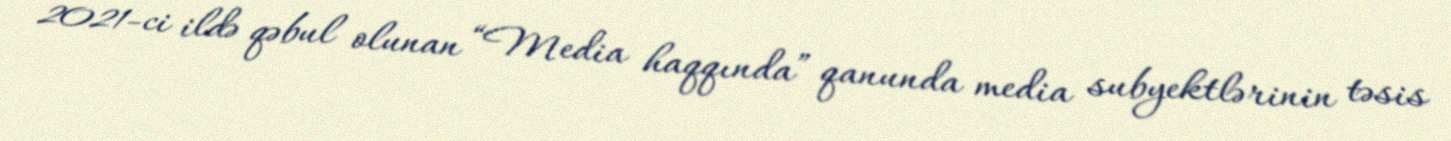
2021-ci ildə qəbul olunan “Media haqqında” qanunda media subyektlərinin təsis